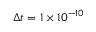
\Delta t = 1 \times 1 0 ^ { - 1 0 }